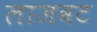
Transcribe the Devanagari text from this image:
लाजवट